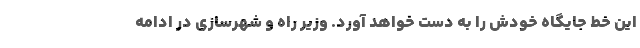
این خط جایگاه خودش را به دست خواهد آورد. وزیر راه و شهرسازی در ادامه